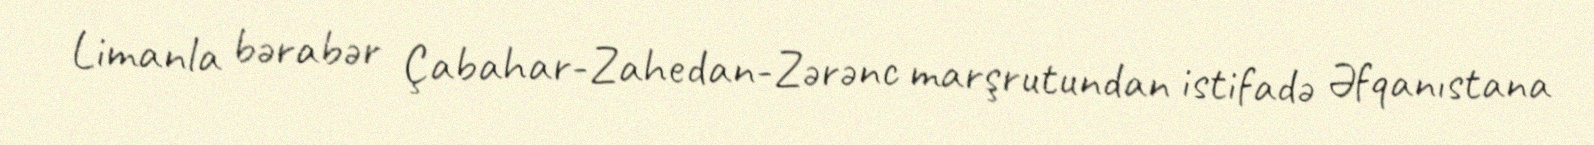
Limanla bərabər Çabahar-Zahedan-Zərənc marşrutundan istifadə Əfqanıstana